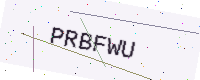
Text: PRBFWU